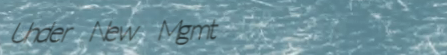
Under New Mgmt